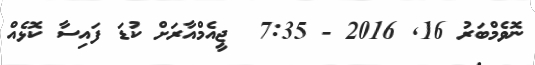
ނޮވެމްބަރު 16